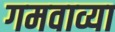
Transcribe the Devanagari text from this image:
गमवाव्या